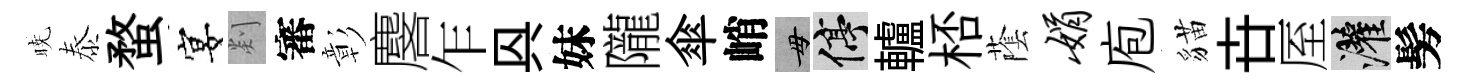
暁泰蝥宴剡審彰麐乍㒷妹隴傘峭毋停轤桮䕃娟庖貓卋厔灌髣